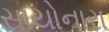
સાયોનારા